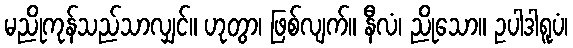
မညိုကုန်သည်သာလျှင်။ ဟုတွာ၊ ဖြစ်လျက်။ နီလံ၊ ညိုသော။ ဥပါဒါရူပံ၊